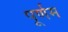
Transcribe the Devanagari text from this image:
पूर्णम